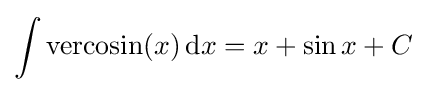
\int \mathrm {vercosin} (x)\,\mathrm {d} x=x+\sin {x}+C